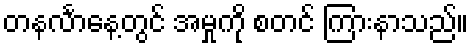
တနင်္လာနေ့တွင် အမှုကို စတင် ကြားနာသည်။